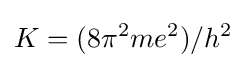
K=(8\pi ^{2}me^{2})/h^{2}